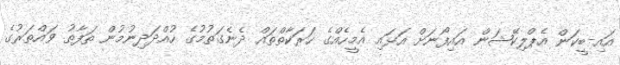
އައި-ބީކަން އެޕްލިކޭޝަން އައިފޯނަށް އަޅައި އެމީހެއްގެ ހަރަކާތްތައް ދެނެގަތުމުގެ ހުއްދަދިނުމުން ތަފާތު ވައްތަރުގެ